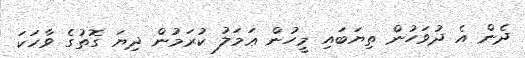
ދެން އެ ދުވަހުން ތިޔަބައި މީހުން ޢަމަލު ކުރަމުން ދިޔަ ގޮތުގެ ވާހަކަ